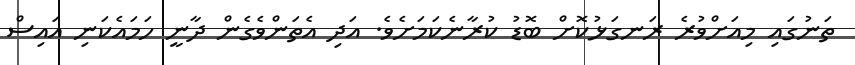
ތަނުގައި މިއަށްވުރެ ރަނގަޅުކޮށް ބޮޑު ކުރާނެކަމަށެވެ. އަދި އެތަންވެގެން ދާނީ ހަމައެކަނި އައިސް